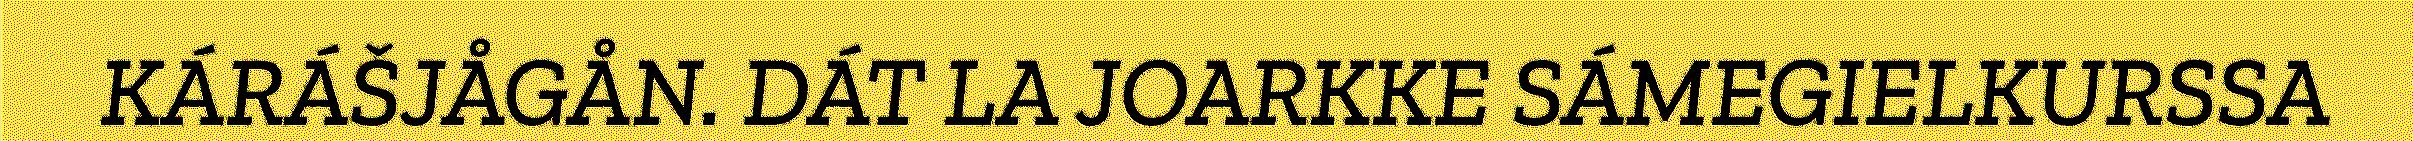
KÁRÁŠJÅGÅN. DÁT LA JOARKKE SÁMEGIELKURSSA